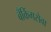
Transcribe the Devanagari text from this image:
बँकिंगसेवा